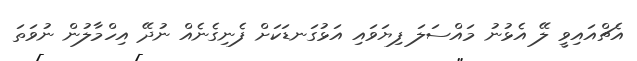
އެޗްއައިވީ ލޭ އެޅުނު މައްސަލަ ފިޔަވައި އަޅުގަނޑަކަށް ފެނިގެނެއް ނުދޭ އިހްމާލުން ނުވަތަ